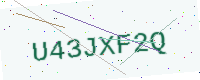
Text: U43JXF2Q